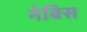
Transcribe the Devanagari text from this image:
नेबिस